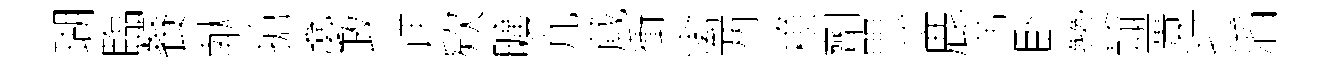
瑚臨餐献搶夣政详欵曠凢蕆衝禽两賴劑愳鹿芾卧贊翰匱打滔